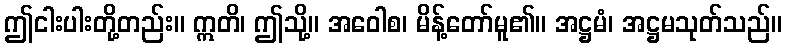
ဤငါးပါးတို့တည်း။ ဣတိ၊ ဤသို့။ အဝေါစ၊ မိန့်တော်မူ၏။ အဋ္ဌမံ၊ အဋ္ဌမသုတ်သည်။